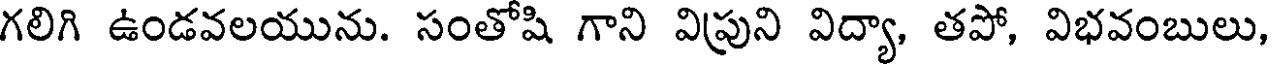
గలిగి ఉండవలయును. సంతోషి గాని విప్రుని విద్యా, తపో, విభవంబులు,